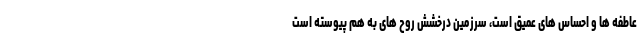
عاطفه ها و احساس های عمیق است، سرزمین درخشش روح های به هم پیوسته است